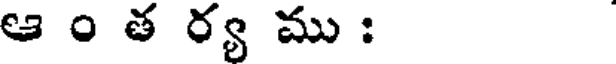
ఆ ం త ర్య ము :